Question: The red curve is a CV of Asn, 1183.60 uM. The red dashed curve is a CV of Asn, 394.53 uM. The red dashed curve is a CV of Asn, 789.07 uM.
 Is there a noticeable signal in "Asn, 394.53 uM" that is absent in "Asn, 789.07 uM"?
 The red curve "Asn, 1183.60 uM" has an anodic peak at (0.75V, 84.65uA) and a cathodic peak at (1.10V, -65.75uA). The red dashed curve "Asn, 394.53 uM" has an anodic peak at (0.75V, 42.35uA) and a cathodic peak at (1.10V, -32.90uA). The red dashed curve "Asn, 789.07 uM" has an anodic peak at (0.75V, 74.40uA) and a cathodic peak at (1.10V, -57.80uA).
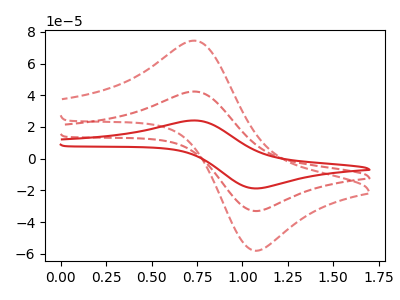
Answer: <think>All the peaks in "Asn, 394.53 uM" have a peak in "Asn, 789.07 uM" at the same potential. Every peak in "Asn, 394.53 uM" is lower than every peak in "Asn, 789.07 uM".
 </think>
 <answer>No, "Asn, 394.53 uM" and "Asn, 789.07 uM" don't appear to be significantly different in shape</answer>
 <eval>no_change</eval>